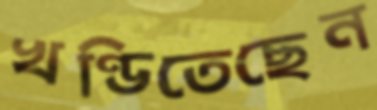
খণ্ডিতেছেন